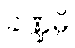
ခဏ္ဍမ္ပိ